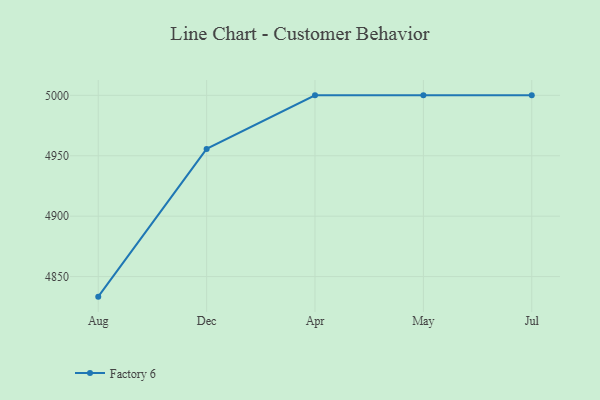
{"axis": {"x": "Month", "y": "Page Views"}, "legend": ["Factory 6"], "data": [{"x": "Aug", "y": 4833.4, "type": "Factory 6"}, {"x": "Dec", "y": 4955.7, "type": "Factory 6"}, {"x": "Apr", "y": 5000, "type": "Factory 6"}, {"x": "May", "y": 5000, "type": "Factory 6"}, {"x": "Jul", "y": 5000, "type": "Factory 6"}]}